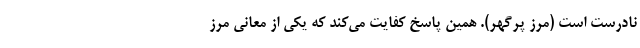
نادرست است (مرز پر‌گهر). همین پاسخ کفایت می‌کند که یکی از معانی مرز